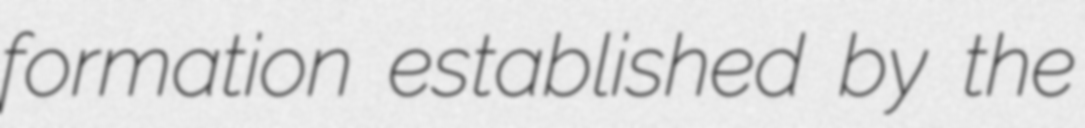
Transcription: formation established by the